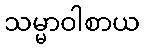
သမ္မာဝါစာယ